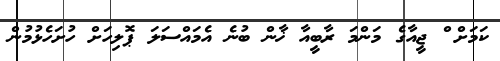
ކަމަށް ް ޖީއާގެ މަންމަ ރާބީއާ ޚާން ބުނެ އެމައްސަލަ ޕޮލިހަށް ހުށަހެޅުމުން